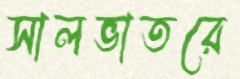
সালভাতরে